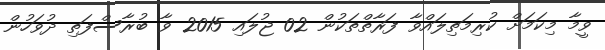
ވީމާ މިކަމަށް ކުރިމަތިލައްވާ ފަރާތްތަކުން 02 ޖުލައި 2015 ވާ ބުރާސްފަތި ދުވަހުން